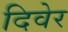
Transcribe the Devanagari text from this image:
दिवेर